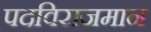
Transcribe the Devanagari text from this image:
पदविराजमान